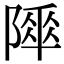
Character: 𨻾